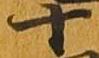
十